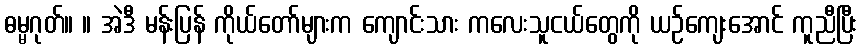
ဓမ္မဂုတ်။ ။ အဲဒီ မန်းပြန် ကိုယ်တော်များက ကျောင်းသား ကလေးသူငယ်တွေကို ယဉ်ကျေးအောင် ကူညီပြီး